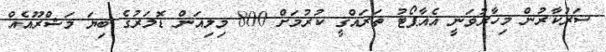
ސަރުކާރުން މިހާރުވަނީ އެއާޕޯޓު ތަރައްގީ ކުރުމަށް 800 މިލިއަން ޑޮލަރުގެ ބިޔަ މަޝްރޫއެއް